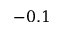
- 0 . 1